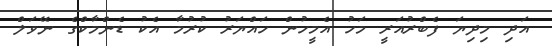
އަދި މިދިޔަ ފެބްރުއަރީ މަހު އެމީހުން ހައްޔަރު ކުރުމާ އެކު ޑެންމާކްގެ ނޭވަލް